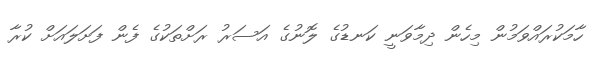
ހާމަކުރައްވަމުން މިހެން ދިމާވަނީ ކަނޑުގެ ލޮނުގެ އަސަރު ރަށްތަކުގެ ފެން ފަށަލައަށް ކުރާ